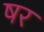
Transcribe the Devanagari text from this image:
षर